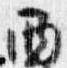
西